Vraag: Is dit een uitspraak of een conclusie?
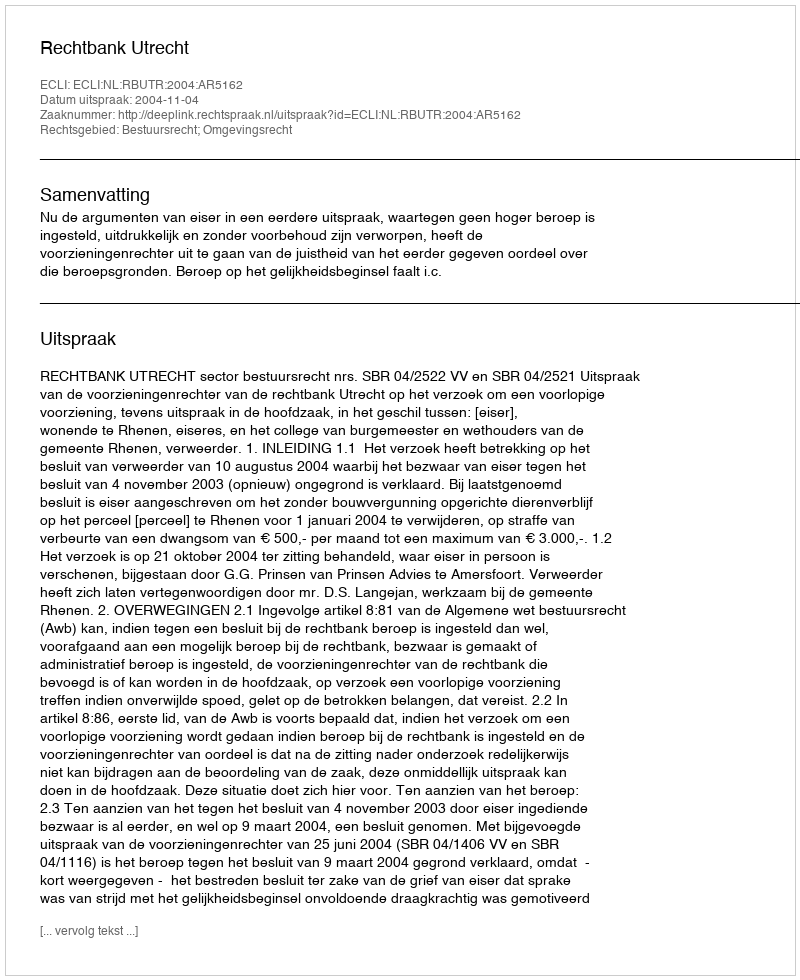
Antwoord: Uitspraak